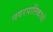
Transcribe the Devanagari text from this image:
नगरपालिकायों